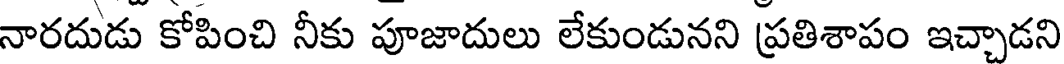
నారదుడు కోపించి నీకు పూజాదులు లేకుండునని ప్రతిశాపం ఇచ్చాడని